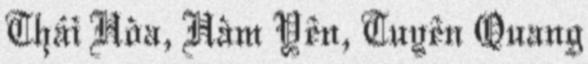
Thái Hòa, Hàm Yên, Tuyên Quang